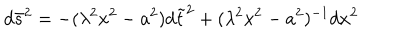
d \bar { s } ^ { 2 } = - ( \lambda ^ { 2 } x ^ { 2 } - a ^ { 2 } ) d \tilde { t } ^ { 2 } + ( \lambda ^ { 2 } x ^ { 2 } - a ^ { 2 } ) ^ { - 1 } d x ^ { 2 }